Report of the Indian Hemp Drugs Commission, 1894-1895 - Volume III
Year: 1894
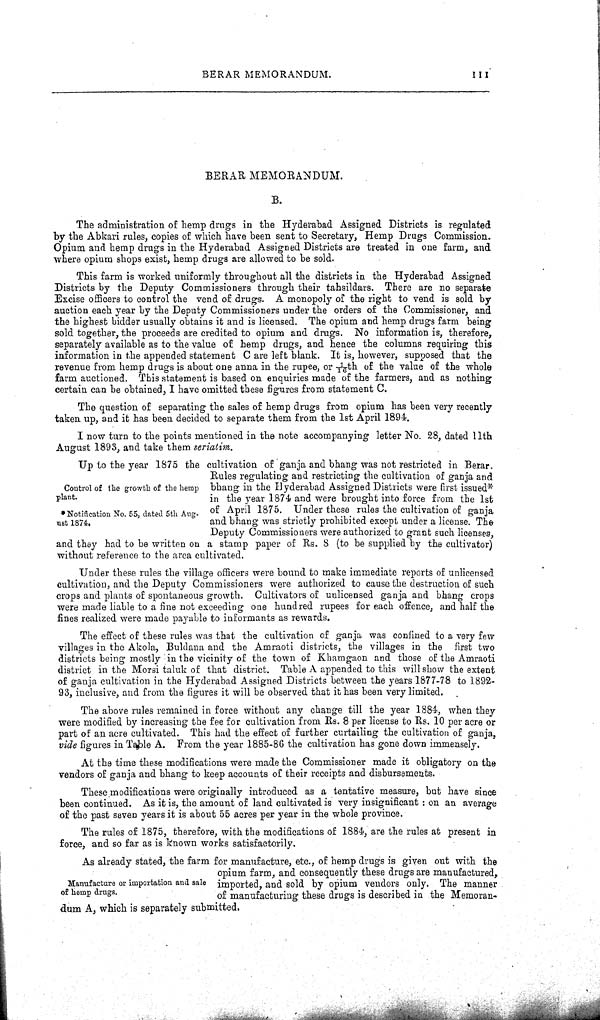
BERAR MEMORANDUM.
111
BERAR MEMORANDUM.
B.
The administration of hemp drugs in the Hyderabad Assigned Districts is regulated
by the Abkari rules, copies of which have been sent to Secretary, Hemp Drugs Commission.
Opium and hemp drugs in the Hyderabad Assigned Districts are treated in one farm, and
where opium shops exist, hemp drugs are allowed to be sold.
This farm is worked uniformly throughout all the districts in the Hyderabad Assigned
Districts by the Deputy Commissioners through their tahsildars. There are no separate
Excise officers to control the vend of drugs. A monopoly of the right to vend is sold by
auction each year by the Deputy Commissioners under the orders of the Commissioner, and
the highest bidder usually obtains it and is licensed. The opium and hemp drugs farm being
sold together, the proceeds are credited to opium and drugs. No information is, therefore,
separately available as to the value of hemp drugs, and hence the columns requiring this
information in the appended statement C are left blank. It is, however, supposed that the
revenue from hemp drugs is about one anna in the rupee, or 1/16th of the value of the whole
farm auctioned. This statement is based on enquiries made of the farmers, and as nothing
certain can be obtained, I have omitted these figures from statement C.
The question of separating the sales of hemp drugs from opium has been very recently
taken up, and it has been decided to separate them from the 1st April 1894.
I now turn to the points mentioned in the note accompanying letter No. 28, dated 11th
August 1893, and take them seriatim.
Control of the growth of the hemp
plant.
*Notification No. 55, dated 5th Aug-
ust 1874.
Up to the year 1875 the cultivation of ganja and bhang was not restricted in Berar.
Rules regulating and restricting the cultivation of ganja and
bhang in the Hyderabad Assigned Districts were first issued*
in the year 1874 and were brought into force from the 1st
of April 1875. Under these rules the cultivation of ganja
and bhang was strictly prohibited except under a license. The
Deputy Commissioners were authorized to grant such licenses,
and they had to be written on a stamp paper of Rs. 8 (to be supplied by the cultivator)
without reference to the area cultivated.
Under these rules the village officers were bound to make immediate reports of unlicensed
cultivation, and the Deputy Commissioners were authorized to cause the destruction of such
crops and plants of spontaneous growth. Cultivators of unlicensed ganja and bhang crops
were made liable to a fine not exceeding one hundred rupees for each offence, and half the
fines realized were made payable to informants as rewards.
The effect of these rules was that the cultivation of ganja was confined to a very few
villages in the Akola, Buldana and the Amraoti districts, the villages in the first two
districts being mostly in the vicinity of the town of Khamgaon and those of the Amraoti
district in the Morsi taluk of that district. Table A appended to this will show the extent
of ganja cultivation in the Hyderabad Assigned Districts between the years 1877-78 to 1892-
93, inclusive, and from the figures it will be observed that it has been very limited.
The above rules remained in force without any change till the year 1884, when they
were modified by increasing the fee for cultivation from Rs. 8 per license to Rs. 10 per acre or
part of an acre cultivated. This had the effect of further curtailing the cultivation of ganja,
vide figures in Table A. From the year 1885-86 the cultivation has gone down immensely.
At the time these modifications were made the Commissioner made it obligatory on the
vendors of ganja and bhang to keep accounts of their receipts and disbursements.
These modifications were originally introduced as a tentative measure, but have since
been continued. As it is, the amount of land cultivated is very insignificant: on an average
of the past seven years it is about 55 acres per year in the whole province.
The rules of 1875, therefore, with the modifications of 1884, are the rules at present in
force, and so far as is known works satisfactorily.
Manufacture or importation and sale
of hemp drugs.
As already stated, the farm for manufacture, etc., of hemp drugs is given out with the
opium farm, and consequently these drugs are manufactured,
imported, and sold by opium vendors only. The manner
of manufacturing these drugs is described in the Memoran-
dum A, which is separately submitted.